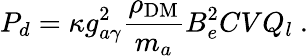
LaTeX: P_{d}=\kappa g_{a\gamma}^{2}\frac{\rho_{\mathrm{DM}}}{m_{a}}B_{e}^{2}CVQ_{l}~.